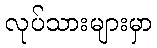
လုပ်သားများမှာ